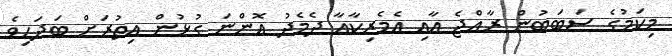
މިކަމުގެ ސަބަބުން ރާއްޖެ އާއި އެމެރިކާއާ ދެމެދު އޮންނަ ގުޅުން އިތުރަށް ބަދަހިވެ